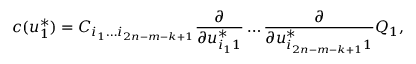
c ( u _ { 1 } ^ { * } ) = C _ { i _ { 1 } \ldots i _ { 2 n - m - k + 1 } } { \frac { \partial } { \partial u _ { i _ { 1 } 1 } ^ { * } } } \ldots { \frac { \partial } { \partial u _ { i _ { 2 n - m - k + 1 } 1 } ^ { * } } } Q _ { 1 } ,